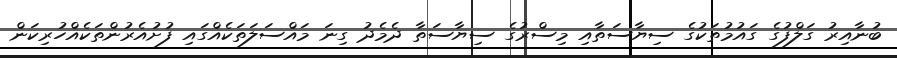
ބުނާއިރު ގަލްފުގެ ގައުމުތަކުގެ ސިޔާސަތާއި މިސްރުގެ ސިޔާސަތާ ދެމެދު ގިނަ މައްސަލަތަކެއްގައި ފުށުއެރުންތަކެއްހުރިކަން